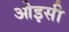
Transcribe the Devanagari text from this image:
ओइसी